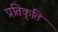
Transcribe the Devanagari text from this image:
प्रतिकृति